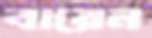
বারেন